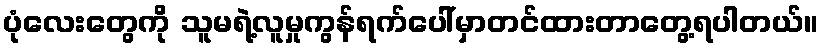
ပုံလေးတွေကို သူမရဲ့လူမှုကွန်ရက်ပေါ်မှာတင်ထားတာတွေ့ရပါတယ်။